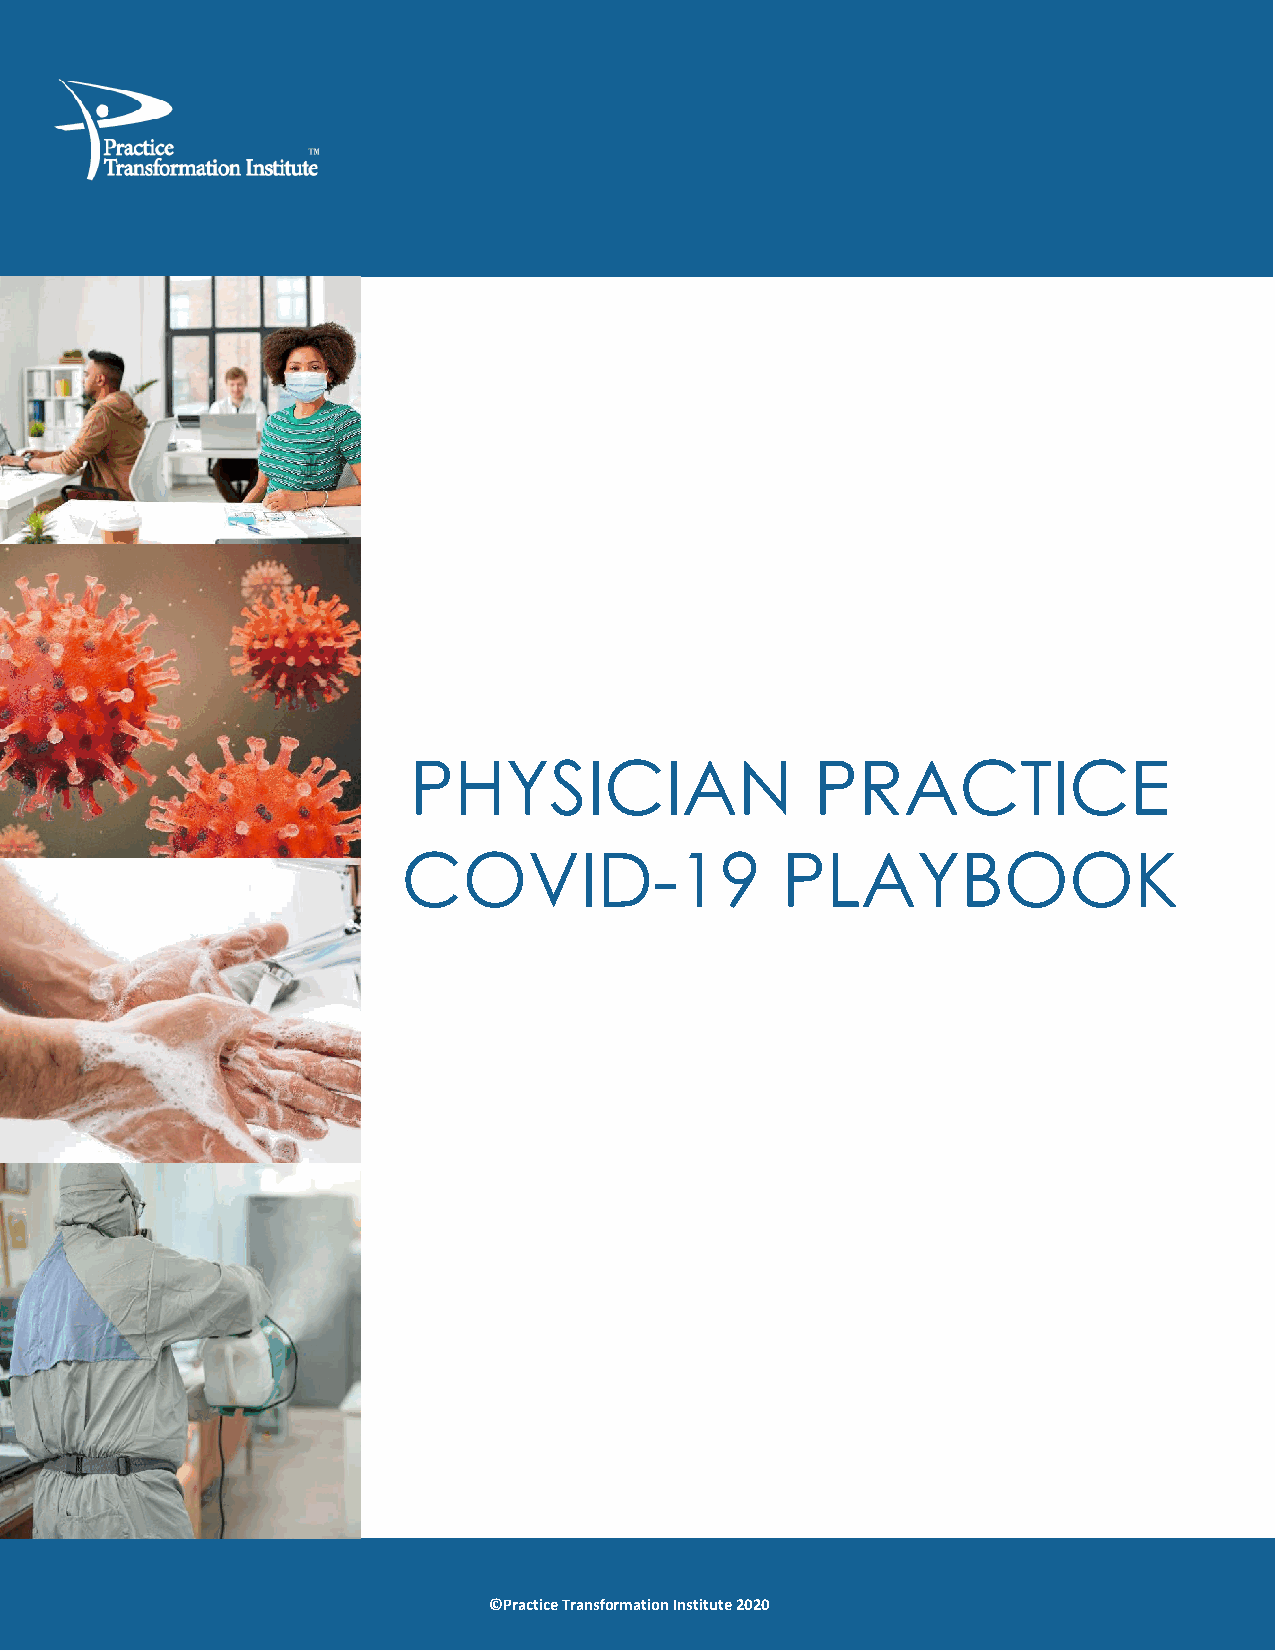
PHYSICIAN                  PRACTICE
 COVID-19                 PLAYBOOK
 ©Practice Transformation Institute 2020